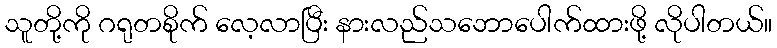
သူတို့ကို ဂရုတစိုက် လေ့လာပြီး နားလည်သဘောပေါက်ထားဖို့ လိုပါတယ်။